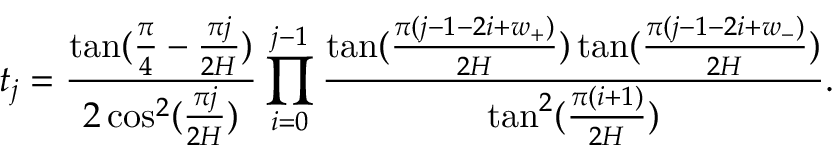
t _ { j } = \frac { \tan ( \frac { \pi } { 4 } - \frac { \pi j } { 2 H } ) } { 2 \cos ^ { 2 } ( \frac { \pi j } { 2 H } ) } \prod _ { i = 0 } ^ { j - 1 } \frac { \tan ( \frac { \pi ( j - 1 - 2 i + w _ { + } ) } { 2 H } ) \tan ( \frac { \pi ( j - 1 - 2 i + w _ { - } ) } { 2 H } ) } { \tan ^ { 2 } ( \frac { \pi ( i + 1 ) } { 2 H } ) } .